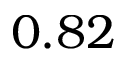
0 . 8 2